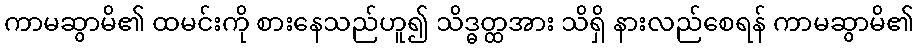
ကာမဆွာမိ၏ ထမင်းကို စားနေသည်ဟူ၍ သိဒ္ဓတ္ထအား သိရှိ နားလည်စေရန် ကာမဆွာမိ၏